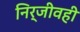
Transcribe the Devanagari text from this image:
निर्जीवही